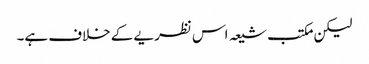
لیکن مکتب شیعہ اس نظریے کے خلاف ہے۔